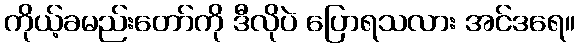
ကိုယ့်ခမည်းတော်ကို ဒီလိုပဲ ပြောရသလား အင်ဒရေ။